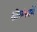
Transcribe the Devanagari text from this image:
श्रीलंकामें